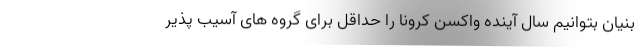
بنیان بتوانیم سال آینده واکسن کرونا را حداقل برای گروه های آسیب پذیر